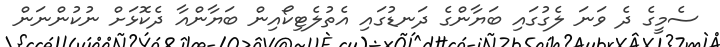
ސެމީގެ ދެ ވަނަ ލެގުގައި ބަޔާންގެ ދަނޑުގައި އެތުލެޓިކޯއިން ބަޔާންއާ ދެކޮޅަށް ނުކުންނަން